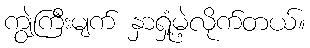
ကျွဲကြီးမျက် နှာရှုံ့မဲ့လိုက်တယ်။